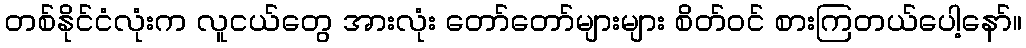
တစ်နိုင်ငံလုံးက လူငယ်တွေ အားလုံး တော်တော်များများ စိတ်ဝင် စားကြတယ်ပေါ့နော်။